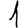
Digit: 1